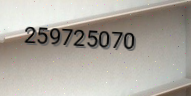
259725070